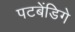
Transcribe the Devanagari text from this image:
पटबेंडिगे